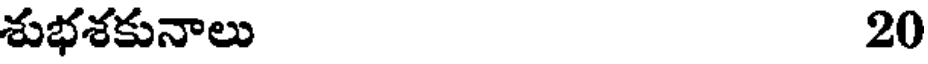
శుభశకునాలు 20